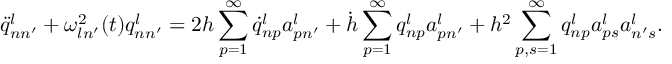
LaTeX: \ddot { q } _ { n n ^ { \prime } } ^ { l } + \omega _ { l n ^ { \prime } } ^ { 2 } ( t ) q _ { n n ^ { \prime } } ^ { l } = 2 h \sum _ { p = 1 } ^ { \infty } \dot { q } _ { n p } ^ { l } a _ { p n ^ { \prime } } ^ { l } + \dot { h } \sum _ { p = 1 } ^ { \infty } q _ { n p } ^ { l } a _ { p n ^ { \prime } } ^ { l } + h ^ { 2 } \sum _ { p , s = 1 } ^ { \infty } q _ { n p } ^ { l } a _ { p s } ^ { l } a _ { n ^ { \prime } s } ^ { l } .